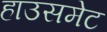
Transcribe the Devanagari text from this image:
हाउसमेट